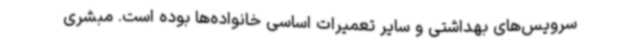
سرویس‌های بهداشتی و سایر تعمیرات اساسی خانواده‌ها بوده است. مبشری